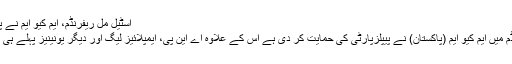
اسٹیل مل ریفرنڈم، ایم کیو ایم نے پیپلزپارٹی کی حمایت کردی steel-mill
کراچی : اسٹیل مل میں ہونے والے ریفرنڈم میں ایم کیو ایم (پاکستان) نے پیپلزپارٹی کی حمایت کر دی ہے اس کے علاوہ اے این پی، ایمپلائیز لیگ اور دیگر یونینیز پہلے ہی پیپلز ورکز یونین کی حمایت کرچکی ہیں۔